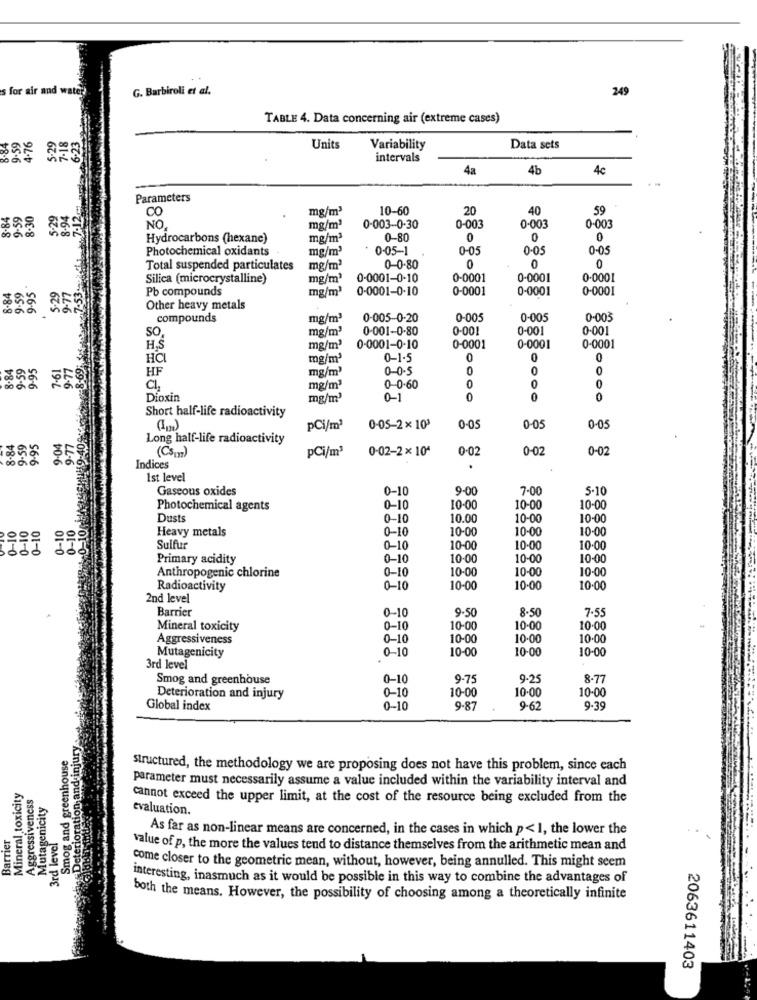
s for air and water
G. Barbiroli et al.
249
TABLE 4. Data concerning air (extreme cases)
8.84
9-59
4.76
5.29
7-18
.23
Units
Variability
Data sets
intervals
4a
4b
4c
-12-
Parameters
3.84
9.59
8.30
5-29
8-94
CO
mg/m3
10-60
20
40
59
mg/m3
0-003
0-003
NO
0-003-0-30
0-003
Hydrocarbons (hexane)
mg/m3
0-80
0
0
0
Photochemical oxidants
mg/m3
0-05-1
0-05
0-05
0-05
mg/m3
0
Total suspended particulates
0-0-80
0
0
9.59
9.95
-53.
Silica (microcrystalline)
mg/m3
0-0001-0-10
0-0001
0-0001
0.0001
8-84
5.29
9-77
Pb compounds
mg/m'
0-0001-0-10
0-0001
0-0001
0-0001
Other heavy metals
compounds
mg/m3
0-005-0-20
0-005
0-005
0-003
SO,
mg/m3
0-001-0-80
0-001
0-001
0.001
H.S
mg/m'
0-0001-0-10
0-0001
0-0001
0-0001
8.84
9.59
9-95
7-61
9-77
8.69:
HCI
mg/m3
0-1-5
0
0
HF
mg/m'
0-0.5
0
Ch
mg/m2
0-0.60
0
0
0
Dioxin
mg/m3
0-1
0
0
0
Short half-life radioactivity
19-40%
pCi/m3
0-05-2×103
0-0
0-05
0-05
8-84
9.59
9.95
-04
9-77
Long half-life radioactivity
(Csum)
pCi/m3
0-02-2 × 104
0.0
0-02
0-02
Indices
Ist level
Gaseous oxides
0-10
9.00
7.00
5-10
Photochemical agents
0-10
10-00
10-00
10-00
0-10
0-10
Dusts
0-10
10.0
10-00
10-00
0-1
-10
Heavy metals
0-10
10-00
10-00
10-00
Sulfur
0-10
10-00
10.00
10.00
Primary acidity
0-10
10-00
10-00
10-00
Anthropogenic chlorine
0-10
10.00
10-00
10.00
Radioactivity
0-10
10-00
10-00
10.00
2nd level
Barrier
0-10
9.5
8.50
7.55
Mineral toxicity
0-10
10-00
10.00
10.00
Aggressiveness
0-10
10-00
10.00
10:00
0-10
10-00
10.00
10.00
Mutagenicity
3rd level
Smog and greenhouse
0-10
9-7
9-25
8.77
0-10
10.00
10.00
Deterioration and injury
10-00
Global index
0-10
9-87
9-62
9-39
Smog and greenhouse
structured, the methodology we are proposing does not have this problem, since each
-Deterioration and
parameter must necessarily assume a value included within the variability interval and
Mineral toxicity
Aggressiveness
Mutagenicity
cannot exceed the upper limit, at the cost of the resource being excluded from the
evaluation.
3rd level
Barrier
As far as non-linear means are concerned, in the cases in which p< 1, the lower the
value of p, the more the values tend to distance themselves from the arithmetic mean and
come closer to the geometric mean, without, however, being annulled. This might seem
interesting, inasmuch as it would be possible in this way to combine the advantages of
both the means. However, the possibility of choosing among a theoretically infinite
2063611403